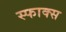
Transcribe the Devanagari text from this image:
स्फाक्स